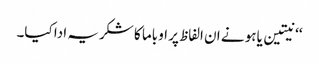
‘‘ نیتین یاہو نے ان الفاظ پر اوباما کا شکریہ ادا کیا۔